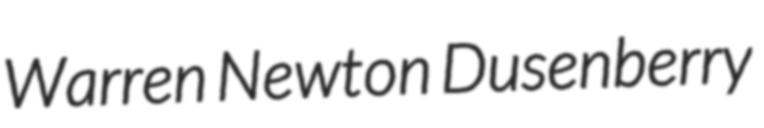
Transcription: Warren Newton Dusenberry